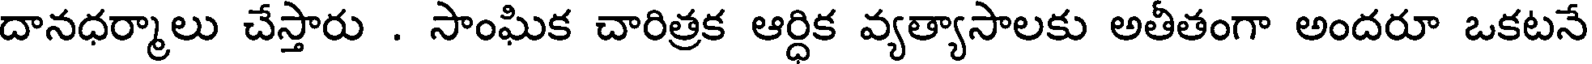
దానధర్మాలు చేస్తారు . సాంఘిక చారిత్రక ఆర్ధిక వ్యత్యాసాలకు అతీతంగా అందరూ ఒకటనే